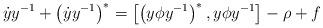
LaTeX: \begin{align*}\dot{y}y^{-1}+\left(\dot{y}y^{-1}\right)^*=\left[\left(y\phi y^{-1}\right)^*,y\phi y^{-1}\right]-\rho+f\end{align*}